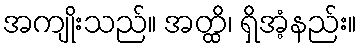
အကျိုးသည်။ အတ္ထိ၊ ရှိအံ့နည်း။